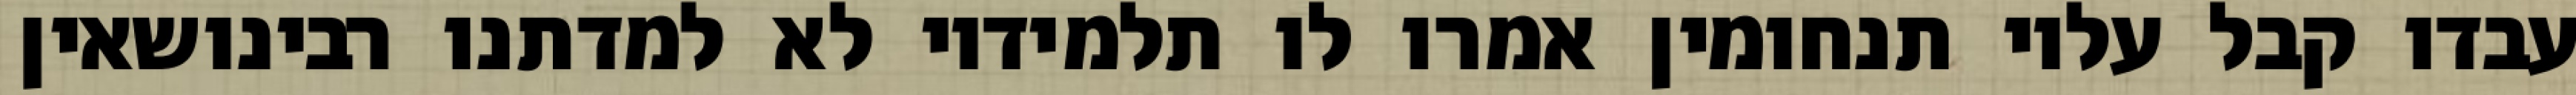
עבדו קבל עליו תנחומין אמרו לו תלמידיו לא למדתנו רבינושאין